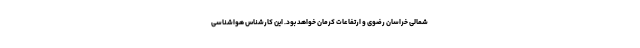
شمالی خراسان رضوی و ارتفاعات کرمان خواهد بود. این کارشناس هواشناسی